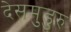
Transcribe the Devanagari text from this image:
देसमुडुरु